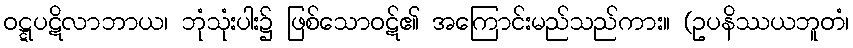
ဝဋ္ဋပဋိလာဘာယ၊ ဘုံသုံးပါး၌ ဖြစ်သောဝဋ်၏ အကြောင်းမည်သည်ကား။ (ဥပနိဿယဘူတံ၊